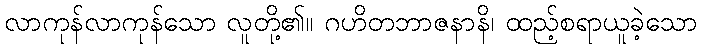
လာကုန်လာကုန်သော လူတို့၏။ ဂဟိတဘာဇနာနိ၊ ထည့်စရာယူခဲ့သော